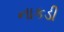
નાકડી